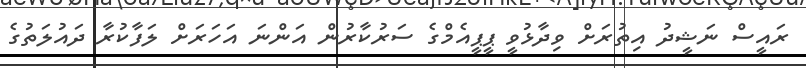
ރައީސް ނަޝީދު އިތުރަށް ވިދާޅުވީ ޕީޕީއެމްގެ ސަރުކާރުން އަންނަ އަހަރަށް ލަފާކުރާ ދައުލަތުގެ